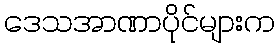
ဒေသအာဏာပိုင်များက